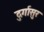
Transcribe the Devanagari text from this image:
दुर्गासुर